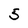
Character: 5